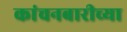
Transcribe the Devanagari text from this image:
कांचनबारीच्या